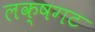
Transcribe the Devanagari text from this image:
लक्षगट